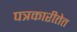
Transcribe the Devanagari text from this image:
पत्रकारीतेत